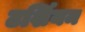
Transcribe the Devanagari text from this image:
टर्शियम